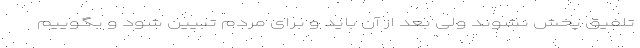
تلفیق پخش نشوند ولی بعد از آن باید و برای مردم تبیین شود و بگوییم